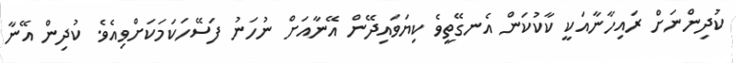
ކުދިންނަށް ރައިހާނާއަކީ ކާކުކަން އެނގޭތީވެ ކިޔަވައިދޭން އޭނާއަށް ނުހަނު ފަސޭހަކަމަކަށްވިއެވެ. ކުދިިން އޭނާ